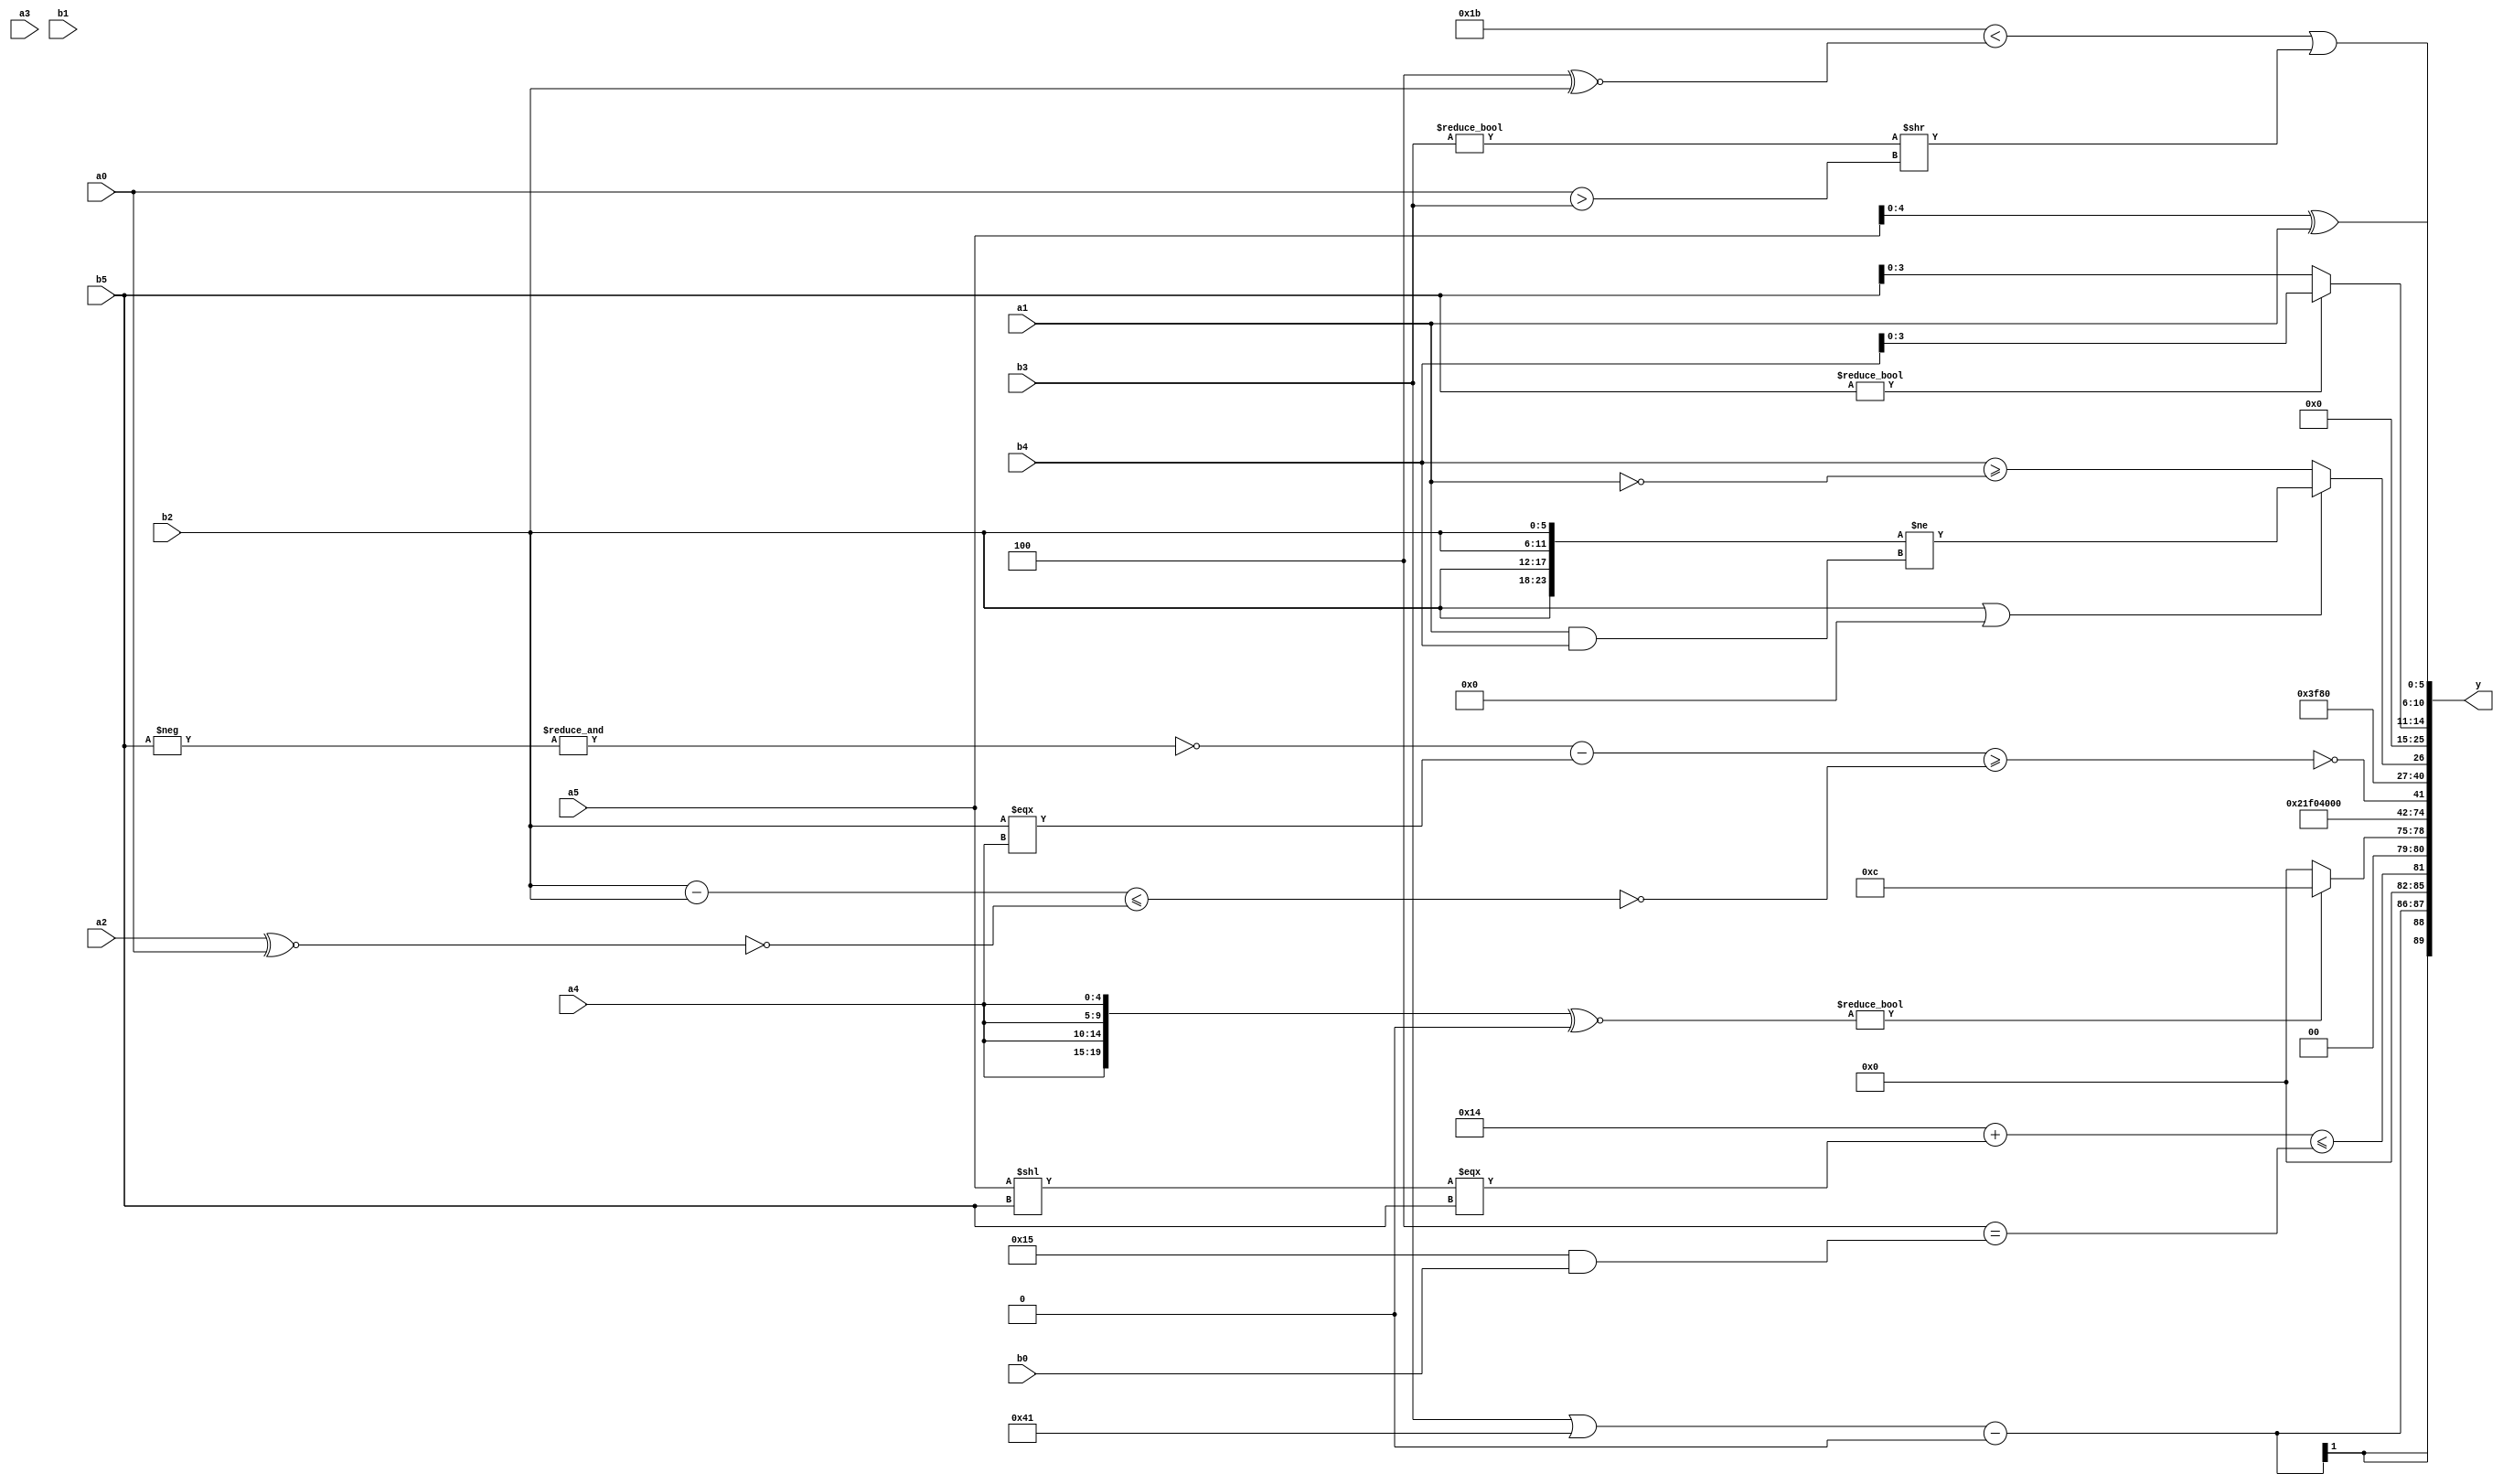
module expression_00607(a0, a1, a2, a3, a4, a5, b0, b1, b2, b3, b4, b5, y);
  input [3:0] a0;
  input [4:0] a1;
  input [5:0] a2;
  input signed [3:0] a3;
  input signed [4:0] a4;
  input signed [5:0] a5;

  input [3:0] b0;
  input [4:0] b1;
  input [5:0] b2;
  input signed [3:0] b3;
  input signed [4:0] b4;
  input signed [5:0] b5;

  wire [3:0] y0;
  wire [4:0] y1;
  wire [5:0] y2;
  wire signed [3:0] y3;
  wire signed [4:0] y4;
  wire signed [5:0] y5;
  wire [3:0] y6;
  wire [4:0] y7;
  wire [5:0] y8;
  wire signed [3:0] y9;
  wire signed [4:0] y10;
  wire signed [5:0] y11;
  wire [3:0] y12;
  wire [4:0] y13;
  wire [5:0] y14;
  wire signed [3:0] y15;
  wire signed [4:0] y16;
  wire signed [5:0] y17;

  output [89:0] y;
  assign y = {y0,y1,y2,y3,y4,y5,y6,y7,y8,y9,y10,y11,y12,y13,y14,y15,y16,y17};

  localparam [3:0] p0 = ((((3'sd2)==(4'd15))>=((2'd3)&(4'sd5)))>={((3'd6)===(5'sd7)),((2'd3)-(-3'sd3)),(3'sd0)});
  localparam [4:0] p1 = ({(((2'd1)==(-2'sd0))<<<{(5'd31),(5'd21),(4'd12)})}!={1{{{1{((-3'sd0)?(2'd3):(5'd15))}}}}});
  localparam [5:0] p2 = ((5'd13)?(2'd1):(-5'sd6));
  localparam signed [3:0] p3 = (|(~&(2'd0)));
  localparam signed [4:0] p4 = ((~^(-5'sd15))>{3{(-3'sd1)}});
  localparam signed [5:0] p5 = ((3'sd1)^(4'd5));
  localparam [3:0] p6 = (5'd20);
  localparam [4:0] p7 = ({3{(5'sd13)}}==(5'd2 * {(4'd7),(2'd2),(2'd2)}));
  localparam [5:0] p8 = ((2'd0)?(4'sd2):(-4'sd5));
  localparam signed [3:0] p9 = ((((2'd2)>(~&(2'sd0)))^~((|(3'd2))^(-4'sd1)))&{(-(!((2'd0)!=(2'd1)))),(((5'd25)|(3'd7))>=((5'd2)<<(-4'sd6)))});
  localparam signed [4:0] p10 = ((&(-4'sd0))<=(~(4'd7)));
  localparam signed [5:0] p11 = (4'd12);
  localparam [3:0] p12 = {2{(-4'sd6)}};
  localparam [4:0] p13 = ((4'd4)?(-5'sd11):(5'd10));
  localparam [5:0] p14 = (~^((((5'd22)===(5'd31))?((-3'sd0)<<(2'sd0)):(!(3'sd1)))<<(^(~^(|(((5'd7)<<(3'sd1))/(-5'sd4)))))));
  localparam signed [3:0] p15 = (~(2'd2));
  localparam signed [4:0] p16 = {2{{{(4'd6),(3'd6)},{3{(4'd0)}}}}};
  localparam signed [5:0] p17 = ((2'd3)+((3'sd1)&&(-5'sd4)));

  assign y0 = $signed((($signed(b3)||{p10,p14})-((p15<<<p6)^(p11<<<p15))));
  assign y1 = {((((p10^p13)^(p11<<p12))+((a5<<b5)==={b5}))<={((p9|p5)==(p13&b0))})};
  assign y2 = (({4{a4}}^~{1{p4}})?$unsigned((p15?p11:p7)):((p9>=p3)));
  assign y3 = {2{p10}};
  assign y4 = ((5'd6)||(p13>>>p0));
  assign y5 = (-5'sd4);
  assign y6 = (~^(3'd3));
  assign y7 = ($signed(((p12^p12)|(p8<<<p3)))==$unsigned($signed(((p13+p15)<<$signed(p1)))));
  assign y8 = ({2{p6}}>={3{p17}});
  assign y9 = (|(+(!(|(((~&(-b5))-(b2===a4))>=(~((b2-b2)<=(~(a2^~a0)))))))));
  assign y10 = (~(((&(p1>p13))>(p4-p14))&&({(+p3),(p0>p14)})));
  assign y11 = $signed((((((p9*p5)?(p9*p13):$signed(p8))<<<((p2<p12)?(p5?p6:p8):$unsigned(p13))))));
  assign y12 = ($signed((b2||p4))?({4{b2}}!=(a1&b4)):($signed(b4)>=(!a1)));
  assign y13 = (&(-((p13?p16:p3)?(p8?p17:p9):(|p0))));
  assign y14 = (&({a2,a1,a0}?{p4,a2}:(a5?p13:p3)));
  assign y15 = {(|(&(b1?b3:b2))),(a0?b2:a4),(b5?b4:b5)};
  assign y16 = {{({(p7>>>a5)}+(b4===a4)),({{a5,p2,a5}}^{p7,a1})}};
  assign y17 = (((5'd27)<(p6^~b2))|((p9!=b3)>>(a0>b3)));
endmodule